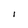
Character: I